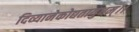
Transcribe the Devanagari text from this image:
दिव्यानेकोद्यतायुधम्‌।।